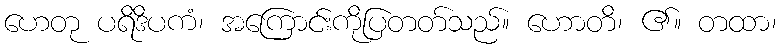
ဟေတု ပရိဒိပကံ၊ အကြောင်းကိုပြတတ်သည်။ ဟောတိ၊ ၏။ တထာ၊